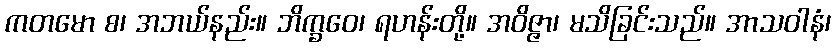
ကတမော စ၊ အဘယ်နည်း။ ဘိက္ခဝေ၊ ရဟန်းတို့။ အဝိဇ္ဇာ၊ မသိခြင်းသည်။ အာသဝါနံ၊